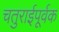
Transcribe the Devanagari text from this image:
चतुराईपूर्वक